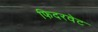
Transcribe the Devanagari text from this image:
फिदरवेट